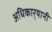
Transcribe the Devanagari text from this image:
अधिकार्‍यानी